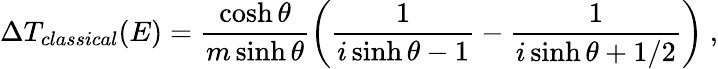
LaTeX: \Delta T_{classical}(E)=\frac{\cosh\theta}{m\sinh\theta}\left(\frac{1}{i\sinh\theta-1}-\frac{1}{i\sinh\theta+1/2}\right)\ ,